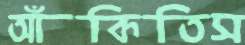
আঁকিতিস